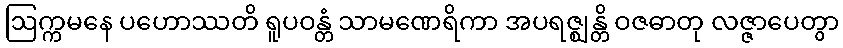
ဩက္ကမနေ ပဟောဿတိ ရူပဝန္တံ သာမဏေရိကာ အပရဇ္ဈန္တိ ဝဇဓာတု လဇ္ဇာပေတွာ